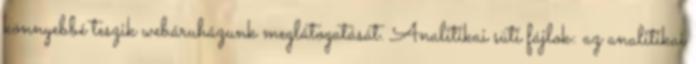
könnyebbé teszik webáruházunk meglátogatását. Analitikai süti fájlok: az analitikai